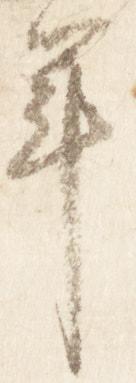
年